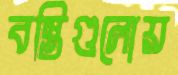
বস্তিগুলোয়